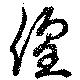
遑